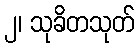
၂၊ သုခိတသုတ်